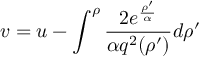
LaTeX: v = u - \int _ { } ^ { \rho } { \frac { 2 e ^ { \frac { \rho ^ { \prime } } { \alpha } } } { \alpha q ^ { 2 } ( \rho ^ { \prime } ) } } d \rho ^ { \prime }